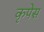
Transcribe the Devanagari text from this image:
कृपेस